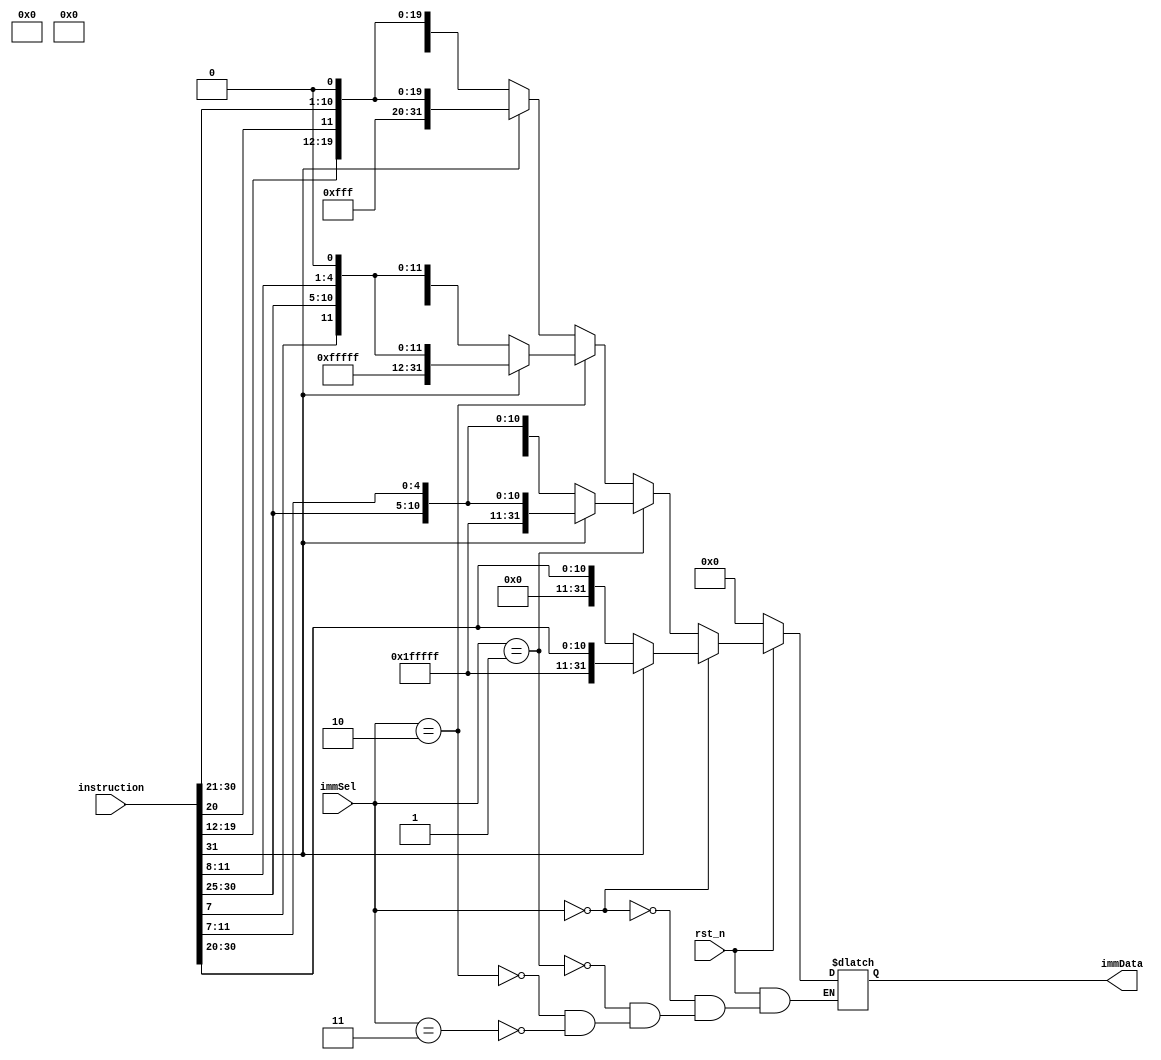
`timescale 1ns / 1ps
//////////////////////////////////////////////////////////////////////////////////
// Company: 
// Engineer: 
// 
// Design Name: 
// Module Name: immGen
// Project Name: 
// Target Devices: 
// Tool Versions: 
// Description: 
// 
// Dependencies: 
// 
// Revision:
// Revision 0.01 - File Created
// Additional Comments:
// 
//////////////////////////////////////////////////////////////////////////////////


module immGen(
    input rst_n,
    input [31:0] instruction,
    input [1:0] immSel,
    output reg [31:0] immData
    );
    
    always@(*)
    begin
        if(rst_n == 1'b0)
        begin
            immData <= 0;
        end
        
        else if(immSel == 2'b00) //I-type --- lw, addi --- left shift NOT required
        begin
            if(instruction[31] == 1'b0) //MSB = 0
            begin
                immData <= {{20{1'b0}}, instruction[31 : 20]};
            end
            
            else //MSB = 1
            begin
                immData <= {{20{1'b1}}, instruction[31 : 20]};
            end
        end
        
        else if(immSel == 2'b01) //S-type --- sw --- left shift NOT required
        begin
            if(instruction[31] == 1'b0) //MSB = 0
            begin
                immData <= {{20{1'b0}}, instruction[31 : 25], instruction[11 : 7]};
            end
            
            else //MSB = 1
            begin
                immData <= {{20{1'b1}}, instruction[31 : 25], instruction[11 : 7]};
            end
        end
        
        else if(immSel == 2'b10) //SB-type --- beq --- left shift by 1
        begin
            if(instruction[31] == 1'b0) //MSB = 0
            begin
                immData <= {{19{1'b0}}, instruction[31], instruction[7], instruction[30 : 25], instruction[11 : 8], {1{1'b0}}};
            end
            
            else //MSB = 1
            begin
                immData <= {{19{1'b1}}, instruction[31], instruction[7], instruction[30 : 25], instruction[11 : 8], {1{1'b0}}};
            end
        end
        
        else if(immSel == 2'b11) //J-type --- jal --- left shift by 1
        begin
            if(instruction[31] == 1'b0) //MSB = 0
            begin
                immData <= {{11{1'b0}}, instruction[31], instruction[19 : 12], instruction[20], instruction[30 : 21], {1{1'b0}}};
            end
            
            else //MSB = 1
            begin
                immData <= {{11{1'b1}}, instruction[31], instruction[19 : 12], instruction[20], instruction[30 : 21], {1{1'b0}}};
            end
        end
    end
    
endmodule